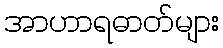
အာဟာရဓာတ်များ